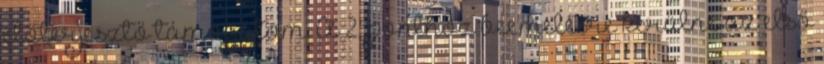
előterjesztő támogatom. A 2. ponthoz beemelésre kerülne az első